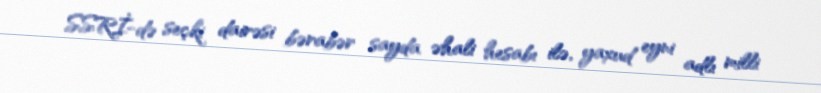
SSRİ-də seçki dairəsi bərabər sayda əhali hesabı ilə, yaxud eyni adlı milli